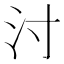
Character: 𰛇